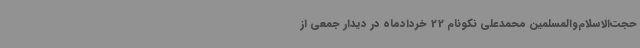
حجت‌الاسلام‌والمسلمین محمدعلی نکونام 22 خردادماه در دیدار جمعی از